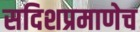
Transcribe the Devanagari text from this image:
सदिशप्रमाणेच